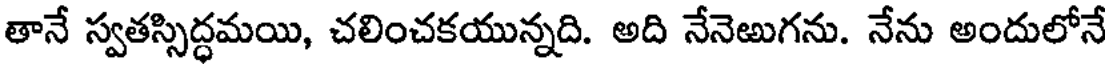
తానే స్వతస్సిద్ధమయి, చలించకయున్నది. అది నేనెఱుగను. నేను అందులోనే